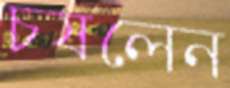
চষলেন